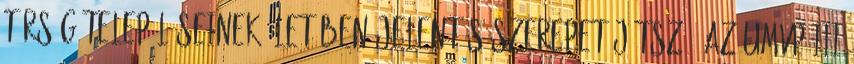
térség településeinek életében jelentős szerepet játszó, az UMVP III